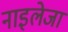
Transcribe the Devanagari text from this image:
नाइलेजा